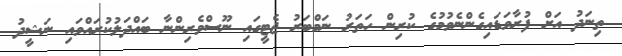
ތިނަދު އަށް ފުރާވަޑައިގެންނެވުމުގެ ކުރިން ހަތަރު ނަމްބަރު ޖެޓީގައި ނޫސްވެރިންނާ ބައްދަލުކުރައްވައި ނަޝީދު